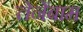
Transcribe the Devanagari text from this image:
तेनेंबाम